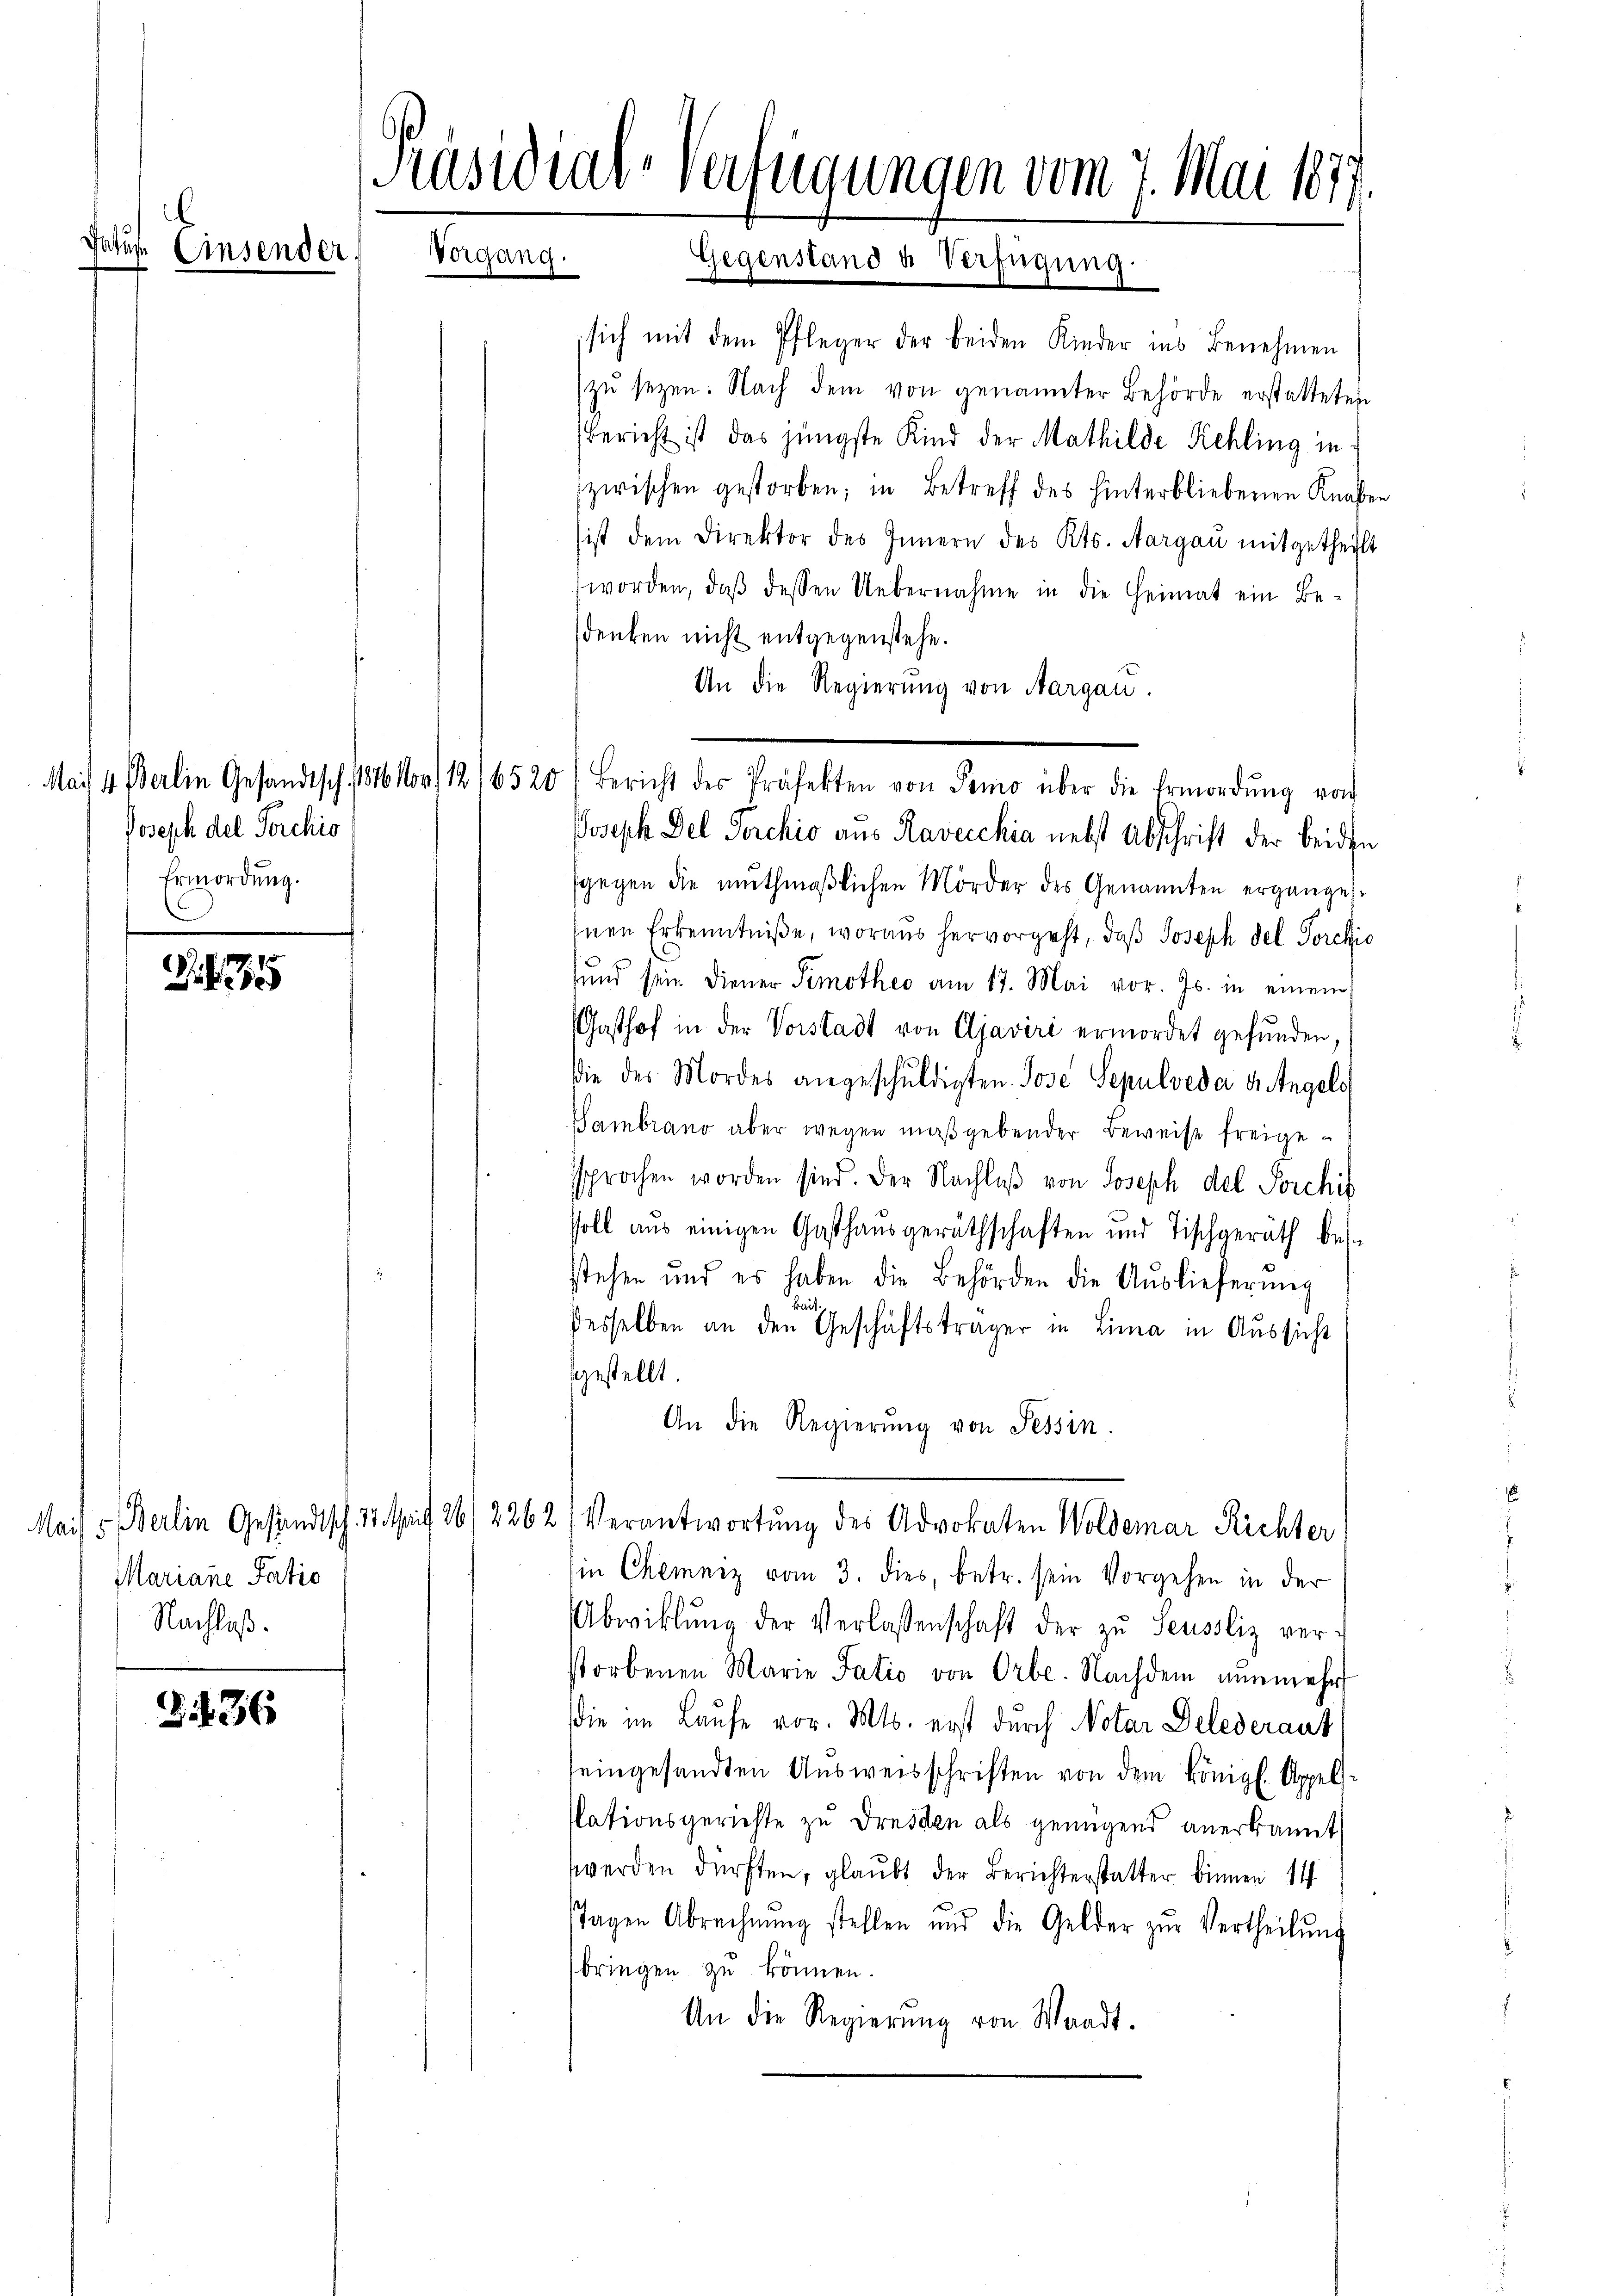
A 15

G 436

Einsender.

Joseph del Porckis
Ermordung.
E

Präsidial-Verfügungen vom 7. Mai 1877.
Vorgang. Gegenstand u Verfügung

Mariane Patio
Nachlaß.

sich mit dem Pfleger der beiden Kinder ins Benehmen
zŭ sezen. Nach dem von genannter Behörde erstatteten
Bericht ist das jüngste Kind der Mathilde Kehling in
zwischen gestorben; in Betreff des hinterbliebenen Knaben
ist dem Direktor des Innern des Kts. Aargau mitgetheilt
worden, daβ dessen Uebernahme in die Heimat ein Be-
sdenken nicht entgegenstehe.
An die Regierung von Aargau.
sgegen die muthmaßlichen Mörder des Genannten ergänge¬
Inen Erkenntniße, woraus hervorgeht, daß Joseph del Porckio
und sein diener Simothec am 17. Mai vor. Js. in einem
Gasthof in der Vorstadt von Ajaviri ermordet gefunden,
die des Mordes angeschŭldigten Jose Sepulveda u. Angels
Sambrano aber wegen maßgebender Beweise freigesprochen worden sind. Der Nachlaβ von Joseph del Poschif
soll aus einigen Gasthausgeräthschaften und Tischgeräth bes
stehen und es haben die Behörden die Aŭslieferŭng
breich
desselben an den Geschäftsträger in Lima in Aŭssicht
gestellt.
An die Regierŭng von Tessin.
Mais s. Berlin Gesandtsch. 24. April 26/ 2262) Verantwortŭng des Advokaten Woldemar Richter
in Chemniz vom 3. dies, betr. sein Vorgehen in der
Abwiklŭng der Verlassenschaft der zŭ Seussliz ver-
storbenen Marie Tatio von Orbe. Nachdem nŭnmehr
die im Laufe vor. Mts. erst durch Notar Delederant
seingesandten Ausweisschriften von dem Königl. Appellslationsgerichte zu Dresden als genügend anerkannt
werden dürften, glaubt der Berichterstatter binnen 14
stagen Abrechnŭng stehlen und die Gelder zŭr Vertheilŭng
bringen zu können.
An die Regierŭng von Waadt.

Mais 4. Berlin Gesandtsch, 1816 1/12/6520 Bericht des Präfekten von Tomo über die Ermordŭng von

Joseph Del Perchio aus Ravecchia nebst Abschrift der beiden